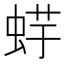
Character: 𧋪